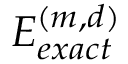
E _ { e x a c t } ^ { ( m , d ) }